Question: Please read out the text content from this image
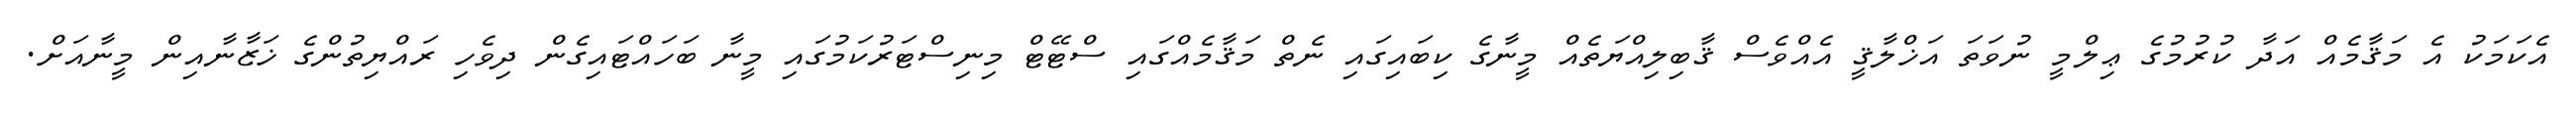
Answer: އެކަމަކު އެ މަޤާމެއް އަދާ ކުރުމުގެ ޢިލްމީ ނުވަތަ އަޚްލާޤީ އެއްވެސް ޤާބިލިއްޔަތެއް މީނާގެ ކިބައިގައި ނެތް މަޤާމެއްގައި ސްޓޭޓް މިނިސްޓަރުކަމުގައި މީނާ ބަހައްޓައިގެން ދިވެހި ރައްޔިތުންގެ ޚަޒާނާއިން މީނާއަށް.